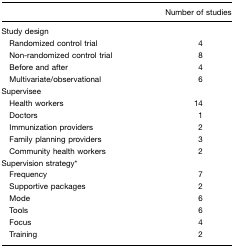
<table><thead><tr><td></td><td><b>Number of studies</b></td></tr></thead><tbody><tr><td colspan="2">Study design</td></tr><tr><td> Randomized control trial</td><td>4</td></tr><tr><td> Non-randomized control trial</td><td>8</td></tr><tr><td> Before and after</td><td>4</td></tr><tr><td> Multivariate/observational</td><td>6</td></tr><tr><td colspan="2">Supervisee</td></tr><tr><td> Health workers</td><td>14</td></tr><tr><td> Doctors</td><td>1</td></tr><tr><td> Immunization providers</td><td>2</td></tr><tr><td> Family planning providers</td><td>3</td></tr><tr><td> Community health workers</td><td>2</td></tr><tr><td colspan="2">Supervision strategy*</td></tr><tr><td> Frequency</td><td>7</td></tr><tr><td> Supportive packages</td><td>2</td></tr><tr><td> Mode</td><td>6</td></tr><tr><td> Tools</td><td>6</td></tr><tr><td> Focus</td><td>4</td></tr><tr><td> Training</td><td>2</td></tr></tbody></table>